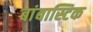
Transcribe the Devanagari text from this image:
बांबास्टिक